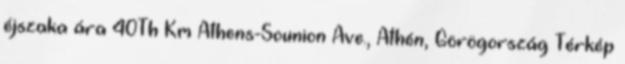
éjszaka ára 40Th Km Athens-Sounion Ave., Athén, Görögország Térkép